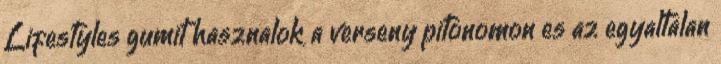
Lifestyles gumit hasznalok a verseny pitonomon es az egyaltalan